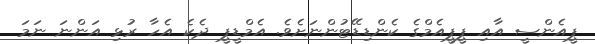
ޕީއެންސީ އާއި ޕީޕީއެމްގެ ކެންޑިޑޭޓުންނަށެވެ. އެމްޑީޕީ ދެކެ އެހާ ރުޅި އަންނަ ނަމަ